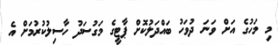
މި މަހުގެ އަށް ވަނަ ދުވަހު ބައްދަލުކޮށް ޕާޓީގެ މަގުސަދު ހާސިލުކުރުމަށް އެ